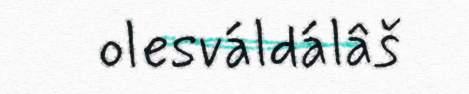
olesváldálâš